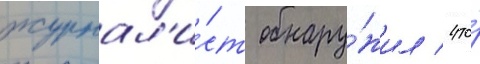
журнал'и́ст обнару́жил / что́